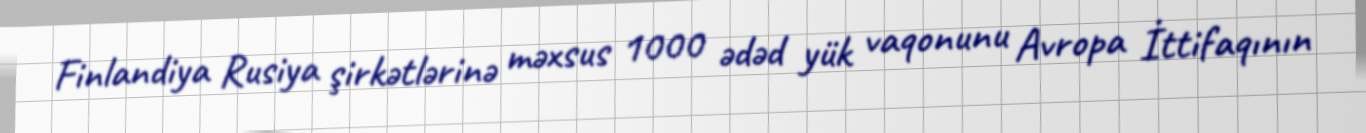
Finlandiya Rusiya şirkətlərinə məxsus 1000 ədəd yük vaqonunu Avropa İttifaqının